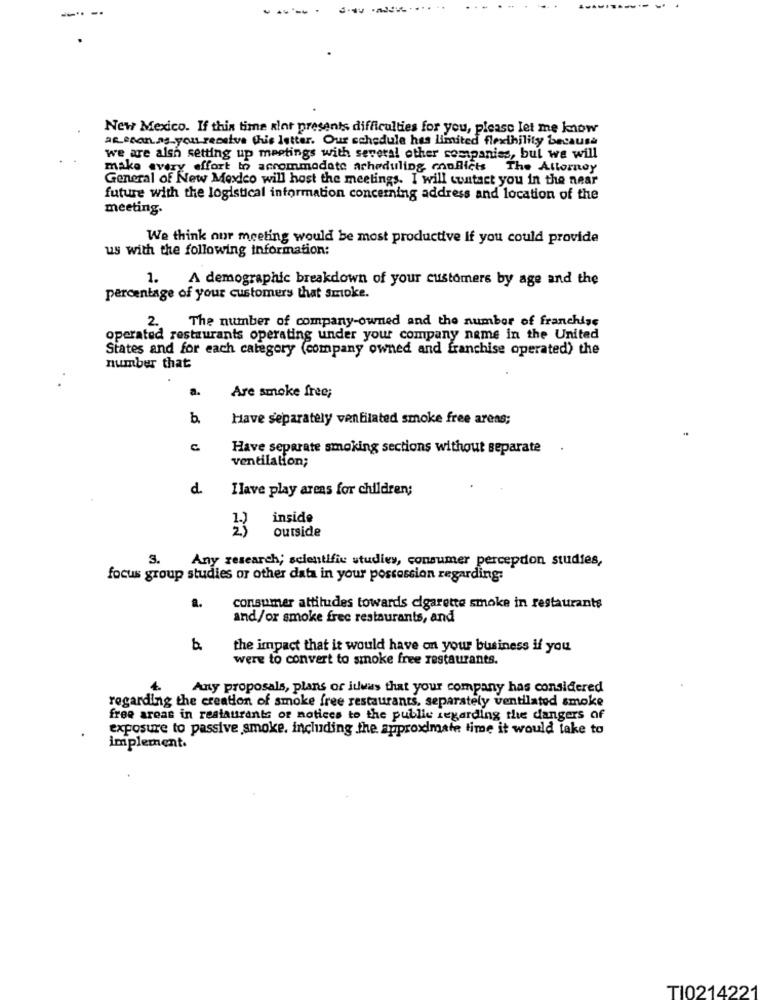
---
New Mexico. If this time alot presents difficulties for you, please let me know
as soonas-you receive this letter. Our schedule has limited flexibility because
we are alsh setting up meetings with several other companies, but we will
make every effort to accommodate acheduling conflicts The Attorney
General of New Mexico will host the meetings. I will contact you in the near
future with the logistical information concerning address and location of the
meeting.
We think our meeting would be most productive if you could provide
us with the following information:
1.
A demographic breakdown of your customers by age and the
percentage of your customers that smoke.
2.
The number of company-owned and the number of franchise
operated restaurants operating under your company name in the United
States and for each category (company owned and franchise operated) the
number that
a.
Are smoke free;
b.
Have separately ventilated smoke free areas;
C
Have separate smoking sections without separate
ventilation;
d.
Ilave play areas for children;
inside
outside
AN
3.
Any research; scientific studies, consumer percepdon studies,
focus group studies or other data in your possession regarding:
consumer attitudes towards cigarette smoke in restaurants
and/or smoke free restaurants, and
the impact that it would have on your business if you
were to convert to smoke free restaurants.
4.
Any proposals, plans of itwas that your company has considered
regarding the creation of smoke free restaurants, separately ventilated smoke
free areas in restaurants or notices to the public regarding the dangers of
exposure to passive smoke, including the approximate time it would take to
implement.
TI0214221